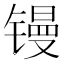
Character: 镘